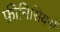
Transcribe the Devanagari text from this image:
फ़ीनिसियनों